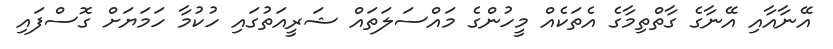
އޭނާއާއި އޭނާގެ ގާތްތިމާގެ އެތަކެއް މީހުންގެ މައްސަލަތައް ޝަރީއަތުގައި ހުކުމާ ހަމަޔަށް ގޮސްފައި